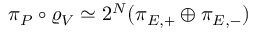
\pi _ { P } \circ \varrho _ { V } \simeq 2 ^ { N } ( \pi _ { E , + } \oplus \pi _ { E , - } )